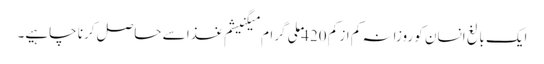
ایک بالغ انسان کو روزانہ کم از کم 420 ملی گرام میگنیشم غذا سے حاصل کرنا چاہیے۔